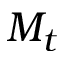
M _ { t }